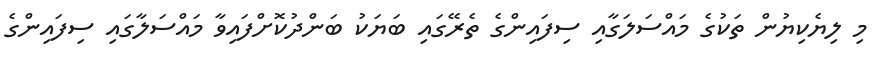
މި ލިޔެކިޔުން ތަކުގެ މައްސަލަގާއި ސިފައިންގެ ތެރޭގައި ބަޔަކު ބަންދުކޮށްފައިވާ މައްސަލާގައި ސިފައިންގެ